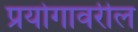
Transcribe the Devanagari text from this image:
प्रयोगावरील